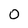
Character: 0